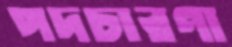
পদচারণা